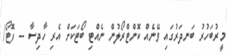
މީރުބަހުރު ބަނދަރުގައި ވޭނެއް ކޮންޓްރޯލުން ނެއްޓި ބޯޓަކަށް އެރި ހާދިސާ -- ފޮޓޯ/